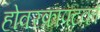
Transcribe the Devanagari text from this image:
होवरक्राफ्टको